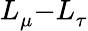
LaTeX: L_{\mu}^{}{-}L_{\tau}^{}